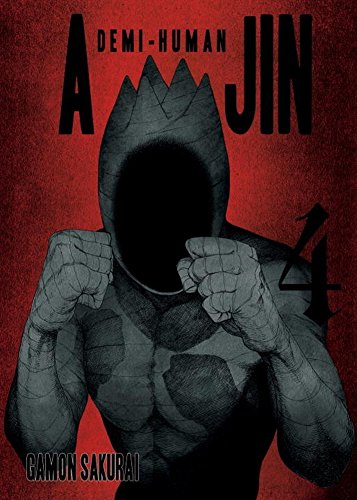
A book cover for Ajin, Volume 4: Demi-Human; Gamon Sakurai; Comics & Graphic Novels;